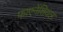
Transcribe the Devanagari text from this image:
फाएनेंशियल